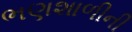
ભણશાળીની